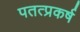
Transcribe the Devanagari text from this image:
पतत्प्रकर्ष